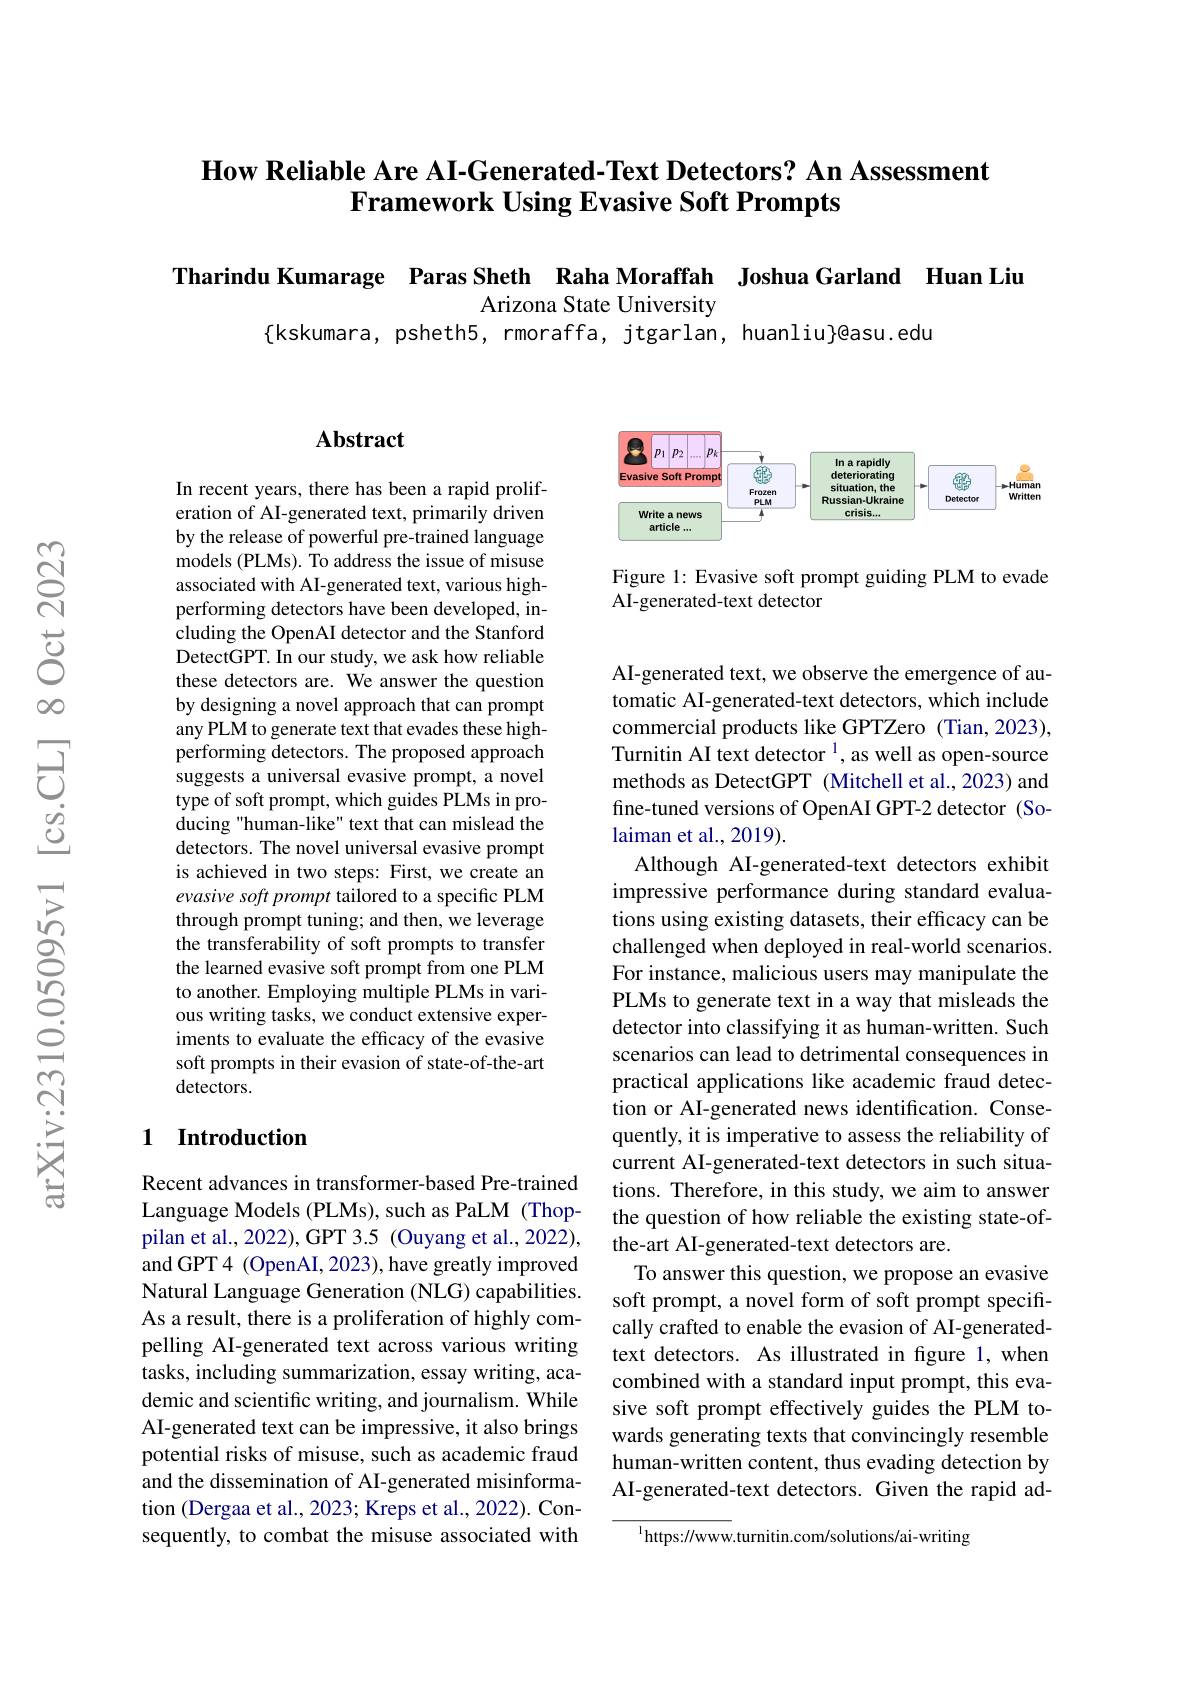
### $\textbf{How Reliable Are AI- Generated- Text Detectors? An Assessment}$ Framework Using Evasive Soft Prompts

Tharindu Kumarage Paras Sheth Raha Moraffah Joshua Garland Huan Liu
Arizona State University
$\{$kskumara, psheth5, rmoraffa, jtgarlan, huanliu}@asu.edu

### $\mathbf{Abstract}$

In recent years, there has been a rapid proliferation of AI-generated text, primarily driven by the release of powerful pre-trained language models (PLMs). To address the issue of misuse associated with AI-generated text, various highperforming detectors have been developed, including the OpenAI detector and the Stanford DetectGPT. In our study, we ask how reliable these detectors are. We answer the question by designing a novel approach that can prompt any PLM to generate text that evades these highperforming detectors. The proposed approach suggests a universal evasive prompt, a novel type of soft prompt, which guides PLMs in producing "human-like" text that can mislead the detectors. The novel universal evasive prompt is achieved in two steps: First, we create an evasive soft prompt tailored to a specific PLM through prompt tuning; and then, we leverage the transferability of soft prompts to transfer the learned evasive soft prompt from one PLM to another. Employing multiple PLMs in various writing tasks, we conduct extensive experiments to evaluate the efficacy of the evasive soft prompts in their evasion of state-of-the-art $\tilde{\text{detectors.}}$

## 1 Introduction

Recent advances in transformer-based Pre-trained Language Models (PLMs), such as PaLM (Thoppilan et al., 2022), GPT 3.5 (Ouyang et al., 2022), and GPT 4 (OpenAI, 2023), have greatly improved Natural Language Generation (NLG) capabilities. As a result, there is a proliferation of highly compelling AI-generated text across various writing tasks, including summarization, essay writing, academic and scientific writing, and journalism. While AI-generated text can be impressive, it also brings potential risks of misuse, such as academic fraud and the dissemination of AI-generated misinformation (Dergaa et al., 2023; Kreps et al., 2022). Consequently, to combat the misuse associated with

<FigureHere>

Figure 1: Evasive soft prompt guiding PLM to evade
AI-generated-text detector

AI-generated text, we observe the emergence of automatic AI-generated-text detectors, which include commercial products like GPTZero (Tian,2023), Turnitin AI text detector $^{1}$, as well as open-source methods as DetectGPT (Mitchell et al.,2023) and fine-tuned versions of OpenAI GPT-2 detector (Solaiman et al., 2019).
Although AI-generated-text detectors exhibit impressive performance during standard evaluations using existing datasets, their efficacy can be challenged when deployed in real-world scenarios. For instance, malicious users may manipulate the PLMs to generate text in a way that misleads the detector into classifying it as human-written. Such scenarios can lead to detrimental consequences in practical applications like academic fraud detection or AI-generated news identification. Consequently, it is imperative to assess the reliability of current AI-generated-text detectors in such situations. Therefore, in this study, we aim to answer the question of how reliable the existing state-ofthe-art AI-generated-text detectors are.
To answer this question, we propose an evasive soft prompt, a novel form of soft prompt specifically crafted to enable the evasion of AI-generatedtext detectors. As illustrated in figure 1,when combined with a standard input prompt, this evasive soft prompt effectively guides the PLM towards generating texts that convincingly resemble human-written content, thus evading detection by AI-generated-text detectors. Given the rapid ad-
$^{1}$https://www.turnitin.com/solutions/ai-writing